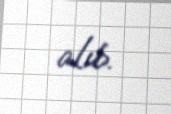
alıb.